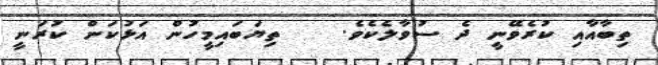
ތިބާއާއި ކުރެވޭނީ ދެ ސުވާލެކެވެ.    ތިޔަބައިމީހުން އަޅުކަން ކުރަނީ